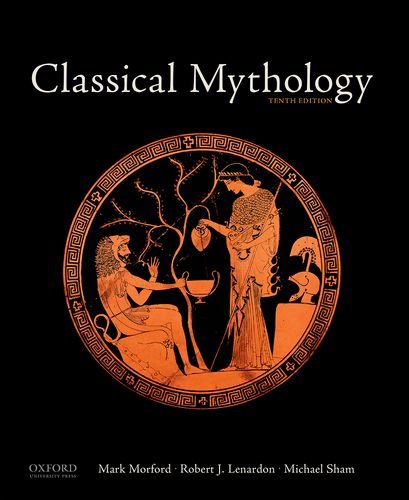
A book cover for Classical Mythology; Mark Morford; Literature & Fiction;